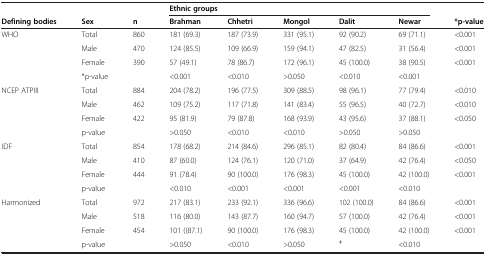
<table><thead><tr><td></td><td></td><td></td><td colspan="5"><b>Ethnic groups</b></td><td></td></tr><tr><td><b>Defining bodies</b></td><td><b>Sex</b></td><td><b>n</b></td><td><b>Brahman</b></td><td><b>Chhetri</b></td><td><b>Mongol</b></td><td><b>Dalit</b></td><td><b>Newar</b></td><td><b>*p-value</b></td></tr></thead><tbody><tr><td>WHO</td><td>Total</td><td>860</td><td>181 (69.3)</td><td>187 (73.9)</td><td>331 (95.1)</td><td>92 (90.2)</td><td>69 (71.1)</td><td>&lt;0.001</td></tr><tr><td></td><td>Male</td><td>470</td><td>124 (85.5)</td><td>109 (66.9)</td><td>159 (94.1)</td><td>47 (82.5)</td><td>31 (56.4)</td><td>&lt;0.001</td></tr><tr><td></td><td>Female</td><td>390</td><td>57 (49.1)</td><td>78 (86.7)</td><td>172 (96.1)</td><td>45 (100.0)</td><td>38 (90.5)</td><td>&lt;0.001</td></tr><tr><td></td><td>*p-value</td><td></td><td>&lt;0.001</td><td>&lt;0.010</td><td>&gt;0.050</td><td>&lt;0.010</td><td>&lt;0.001</td><td></td></tr><tr><td>NCEP ATPIII</td><td>Total</td><td>884</td><td>204 (78.2)</td><td>196 (77.5)</td><td>309 (88.5)</td><td>98 (96.1)</td><td>77 (79.4)</td><td>&lt;0.010</td></tr><tr><td></td><td>Male</td><td>462</td><td>109 (75.2)</td><td>117 (71.8)</td><td>141 (83.4)</td><td>55 (96.5)</td><td>40 (72.7)</td><td>&lt;0.010</td></tr><tr><td></td><td>Female</td><td>422</td><td>95 (81.9)</td><td>79 (87.8)</td><td>168 (93.9)</td><td>43 (95.6)</td><td>37 (88.1)</td><td>&lt;0.050</td></tr><tr><td></td><td>p-value</td><td></td><td>&gt;0.050</td><td>&lt;0.010</td><td>&lt;0.010</td><td>&gt;0.050</td><td>&gt;0.050</td><td></td></tr><tr><td>IDF</td><td>Total</td><td>854</td><td>178 (68.2)</td><td>214 (84.6)</td><td>296 (85.1)</td><td>82 (80.4)</td><td>84 (86.6)</td><td>&lt;0.001</td></tr><tr><td></td><td>Male</td><td>410</td><td>87 (60.0)</td><td>124 (76.1)</td><td>120 (71.0)</td><td>37 (64.9)</td><td>42 (76.4)</td><td>&lt;0.050</td></tr><tr><td></td><td>Female</td><td>444</td><td>91 (78.4)</td><td>90 (100.0)</td><td>176 (98.3)</td><td>45 (100.0)</td><td>42 (100.0)</td><td>&lt;0.001</td></tr><tr><td></td><td>p-value</td><td></td><td>&lt;0.010</td><td>&lt;0.001</td><td>&lt;0.001</td><td>&lt;0.001</td><td>&lt;0.010</td><td></td></tr><tr><td>Harmonized</td><td>Total</td><td>972</td><td>217 (83.1)</td><td>233 (92.1)</td><td>336 (96.6)</td><td>102 (100.0)</td><td>84 (86.6)</td><td>&lt;0.001</td></tr><tr><td></td><td>Male</td><td>518</td><td>116 (80.0)</td><td>143 (87.7)</td><td>160 (94.7)</td><td>57 (100.0)</td><td>42 (76.4)</td><td>&lt;0.001</td></tr><tr><td></td><td>Female</td><td>454</td><td>101 ((87.1)</td><td>90 (100.0)</td><td>176 (98.3)</td><td>45 (100.0)</td><td>42 (100.0)</td><td>&lt;0.001</td></tr><tr><td></td><td>p-value</td><td></td><td>&gt;0.050</td><td>&lt;0.010</td><td>&gt;0.050</td><td><sup>ǂ</sup></td><td>&lt;0.010</td><td></td></tr></tbody></table>